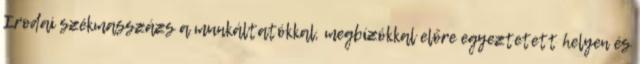
Irodai székmasszázs a munkáltatókkal, megbízókkal előre egyeztetett helyen és